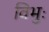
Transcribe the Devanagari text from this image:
विभुः